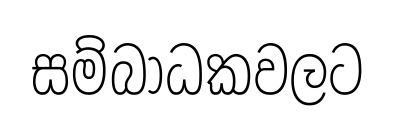
සම්බාධකවලට